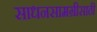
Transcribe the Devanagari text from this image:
साधनसामग्रीसाठी